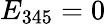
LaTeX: E_{345}=0